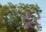
ટૂર